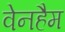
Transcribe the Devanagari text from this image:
वेनहैम